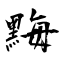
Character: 黣